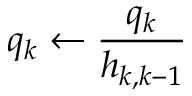
q _ { k } \leftarrow { \frac { q _ { k } } { h _ { k , k - 1 } } }